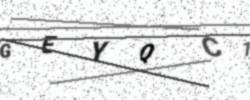
Text: GEYQC1